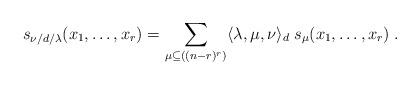
LaTeX: \begin{align*} s_{\nu/d/\lambda}(x_1,\ldots,x_r) = \sum_{\mu \subseteq ((n-r)^r)} \langle \lambda, \mu, \nu \rangle_d \; s_\mu(x_1,\ldots,x_r)\;.\end{align*}